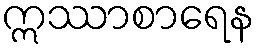
ဣဿာစာရေန